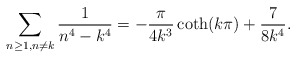
\begin{align*}\sum_{\substack{{n\geq1},{n\neq{k}}}}\frac{1}{{n}^4-{{k}^4}}=-\frac{\pi}{4k^3}\coth(k\pi)+\frac{7}{8k^4}.\end{align*}